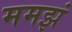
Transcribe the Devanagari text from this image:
ममझं